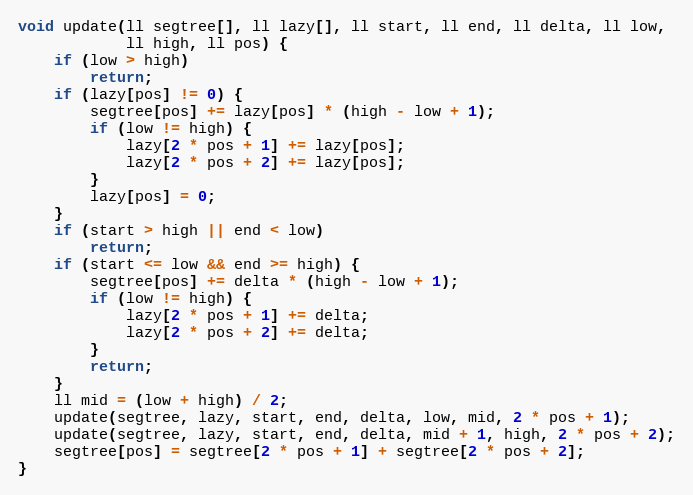
Language: C++
void update(ll segtree[], ll lazy[], ll start, ll end, ll delta, ll low,
            ll high, ll pos) {
    if (low > high)
        return;
    if (lazy[pos] != 0) {
        segtree[pos] += lazy[pos] * (high - low + 1);
        if (low != high) {
            lazy[2 * pos + 1] += lazy[pos];
            lazy[2 * pos + 2] += lazy[pos];
        }
        lazy[pos] = 0;
    }
    if (start > high || end < low)
        return;
    if (start <= low && end >= high) {
        segtree[pos] += delta * (high - low + 1);
        if (low != high) {
            lazy[2 * pos + 1] += delta;
            lazy[2 * pos + 2] += delta;
        }
        return;
    }
    ll mid = (low + high) / 2;
    update(segtree, lazy, start, end, delta, low, mid, 2 * pos + 1);
    update(segtree, lazy, start, end, delta, mid + 1, high, 2 * pos + 2);
    segtree[pos] = segtree[2 * pos + 1] + segtree[2 * pos + 2];
}